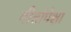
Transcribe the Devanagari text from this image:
गीतांपेक्षा